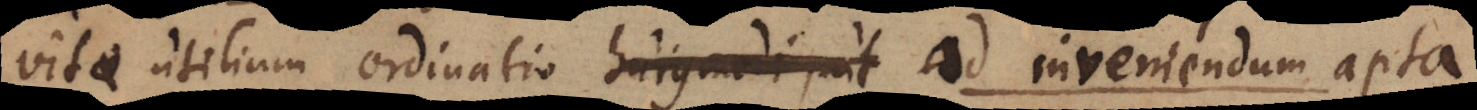
vitae utilium ordinatio b ad inveniendum apta